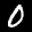
Label: 0